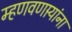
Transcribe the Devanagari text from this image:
म्हणवणार्‍यांना